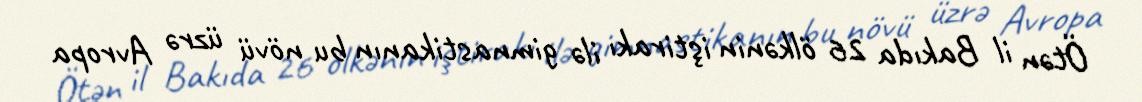
Ötən il Bakıda 26 ölkənin iştirakı ilə gimnastikanın bu növü üzrə Avropa